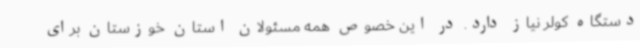
دستگاه کولر نیاز دارد. در این خصوص همه مسئولان استان خوزستان برای